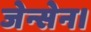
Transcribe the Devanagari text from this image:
जेन्सेन।